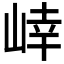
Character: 𭖩